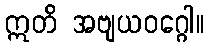
ဣတိ အဗျယဝဂ္ဂေါ။